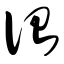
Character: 诏